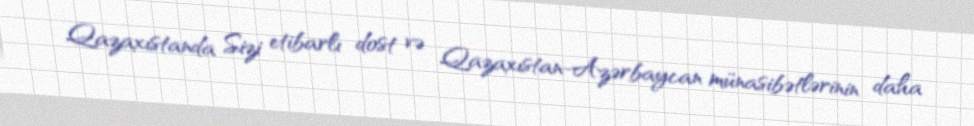
Qazaxıstanda Sizi etibarlı dost və Qazaxıstan-Azərbaycan münasibətlərinin daha